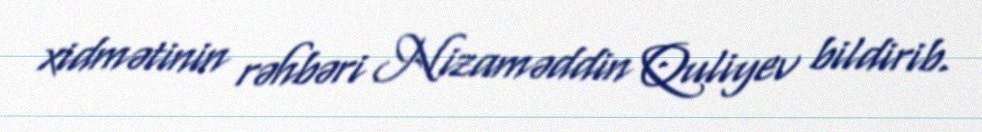
xidmətinin rəhbəri Nizaməddin Quliyev bildirib.